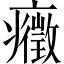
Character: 癥